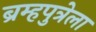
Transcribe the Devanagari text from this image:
ब्रम्हपुत्रेला